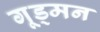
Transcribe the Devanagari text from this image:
गूड्मन